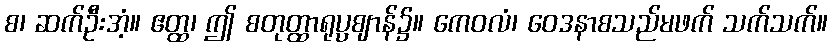
စ၊ ဆက်ဦးအံ့။ ဧတ္ထ၊ ဤ စတုတ္ထာရုပ္ပဈာန်၌။ ကေဝလံ၊ ဝေဒနာစသည်မဖက် သက်သက်။